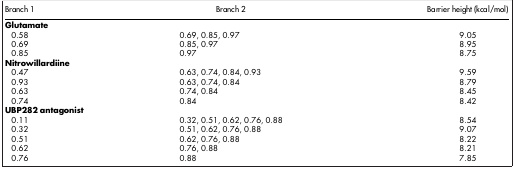
<table><thead><tr><td><b>Branch 1</b></td><td><b>Branch 2</b></td><td><b>Barrier height (kcal/mol)</b></td></tr></thead><tbody><tr><td><b>Glutamate</b></td><td> </td><td> </td></tr><tr><td>0.58</td><td>0.69, 0.85, 0.97</td><td>9.05</td></tr><tr><td>0.69</td><td>0.85, 0.97</td><td>8.95</td></tr><tr><td>0.85</td><td>0.97</td><td>8.75</td></tr><tr><td><b>Nitrowillardiine</b></td><td> </td><td> </td></tr><tr><td>0.47</td><td>0.63, 0.74, 0.84, 0.93</td><td>9.59</td></tr><tr><td>0.93</td><td>0.63, 0.74, 0.84</td><td>8.79</td></tr><tr><td>0.63</td><td>0.74, 0.84</td><td>8.45</td></tr><tr><td>0.74</td><td>0.84</td><td>8.42</td></tr><tr><td><b>UBP282 antagonist</b></td><td> </td><td> </td></tr><tr><td>0.11</td><td>0.32, 0.51, 0.62, 0.76, 0.88</td><td>8.54</td></tr><tr><td>0.32</td><td>0.51, 0.62, 0.76, 0.88</td><td>9.07</td></tr><tr><td>0.51</td><td>0.62, 0.76, 0.88</td><td>8.22</td></tr><tr><td>0.62</td><td>0.76, 0.88</td><td>8.21</td></tr><tr><td>0.76</td><td>0.88</td><td>7.85</td></tr></tbody></table>